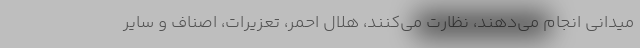
میدانی انجام می‌دهند، نظارت می‌کنند، هلال احمر، تعزیرات، اصناف و سایر